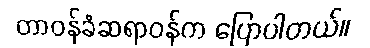
တာဝန်ခံဆရာဝန်က ပြောပါတယ်။